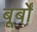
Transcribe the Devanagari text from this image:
बूर्बों